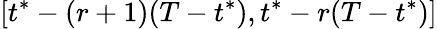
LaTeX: [t^{*}-(r+1)(T-t^{*}),t^{*}-r(T-t^{*})]